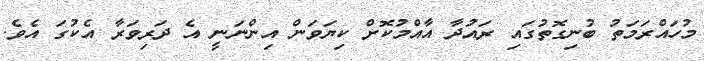
މުހައްރަމަތު ބުނިގޮތުގައި ރައުދާ އާއްމުކޮށް ކިޔަވަން އިންނަނީ އެ ދަރިވަރާ އެކުގަ އެވެ.